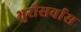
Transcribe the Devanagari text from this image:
भुरीसर्वास